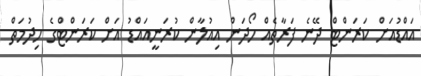
އައްޑުއަށް ކަރަންޓް ދޭނެ ފަރާތެއް ހޯދަން އިއުލާން ކުރަނީއައްޑު އަށް ކަރަންޓްގެ ހިދުމަތް